system: You are a helpful assistant.
user:
Analyze the provided spectrum to determine if it is a **"Cataclysmic Variables (CV)"**.

- **Key Indicators for CV (Check for either state):**
    - **State 1: Quiescent / Low-State (Emission-Dominated)**
        - **(Primary):** Strong and *very broad* Hydrogen Balmer emission lines (e.g., $H\alpha$ at 6563 Å, $H\beta$ at 4861 Å). The 'broadness' (high velocity dispersion, often FWHM > 1000 km/s) is the key diagnostic, indicating a high-velocity accretion disk.
        - **(Secondary):** Broad neutral Helium (He I) emission lines (e.g., 5876 Å, 6678 Å).
        - **(Key Confirmation):** Presence of high-excitation *ionized* Helium (He II) emission at 4686 Å. This is a strong indicator of accretion onto a white dwarf.
        - **(Line Profile):** Emission lines may exhibit a 'double-peaked' profile, which is a classic signature of a rotating accretion disk viewed at high inclination.

    - **State 2: Outburst / High-State (Absorption-Dominated)**
        - **(Primary):** Spectrum is dominated by a bright, blue continuum (looks like a hot star).
        - **(Secondary):** The emission lines from State 1 are weak, absent, or 'filled in', and are replaced by broad, shallow *absorption* lines (primarily Balmer and He I).
        - **(Morphology):** The overall spectrum mimics a hot B/A-type star. The crucial difference is that the absorption lines are significantly broader, shallower, and more 'washed-out' (or 'smeared') than the sharp lines of a normal stellar photosphere, due to high rotational speeds and pressure broadening in the disk.

Think first, call **spectral_visualization_tool** if needed to examine features in detail, then provide your final answer. Your response must adhere to the following strict rules:
1.  **Overall Structure:** Your response must follow the format `<think>...</think> <tool_call>...</tool_call> (if a tool is used) <answer>...</answer>`.
2.  **Tool Usage Constraint:** You may only make **one** tool call per turn.
3.  **Final Answer Format:** In the `<answer>` tag, your conclusion must be inside a `\boxed{}` command (e.g., `\boxed{YES}`), followed by your justification.

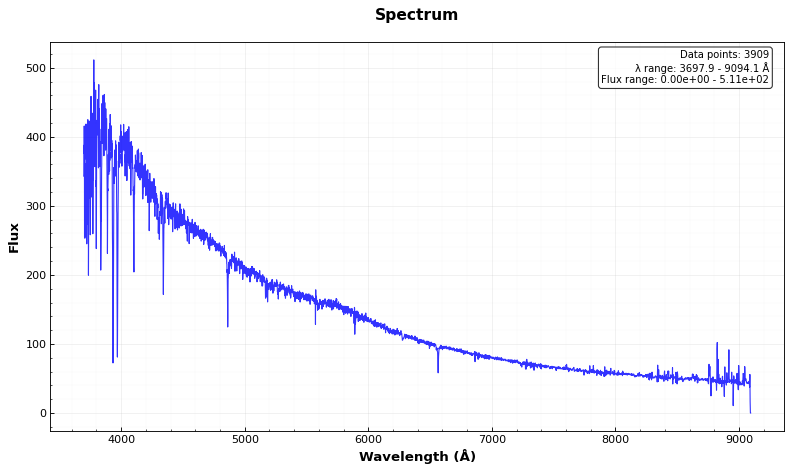
Answer: NO